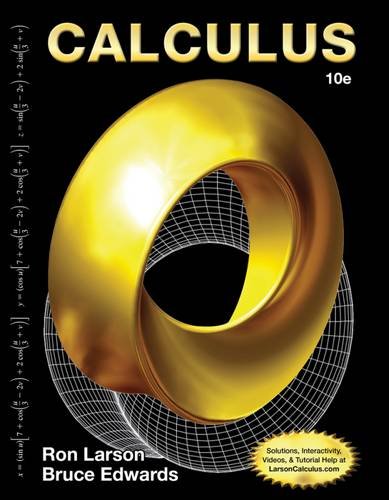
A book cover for Calculus; Ron Larson; Science & Math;